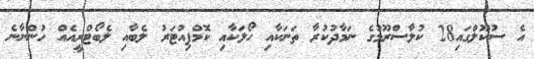
އެ ސުކޫލްގައި28 ކުލާސްރޫމުގެ ނަމާދުކުރާ ތަނަކާއި ހޯލަކާއި ކޮމްޕިއުޓަރު ލެބާއި ލެބޯޓްރީއެއް ހުންނާނެ